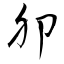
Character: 卯